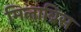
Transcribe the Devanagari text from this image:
मिलाब्रिस